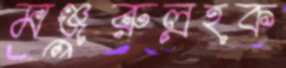
মঞ্জুরুল্রহক